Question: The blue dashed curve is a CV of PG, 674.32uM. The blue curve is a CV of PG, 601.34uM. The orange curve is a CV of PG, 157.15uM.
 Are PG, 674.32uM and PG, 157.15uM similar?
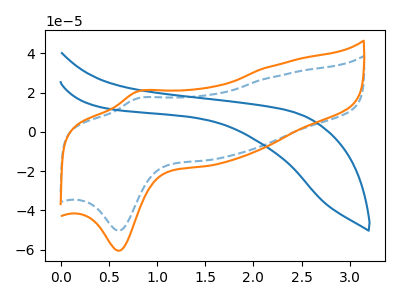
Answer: <think>The blue dashed curve "PG, 674.32uM" has an anodic peak at (0.80V, 17.05uA) and a cathodic peak at (0.60V, -50.40uA). The blue curve "PG, 601.34uM" has no peaks. The orange curve "PG, 157.15uM" has an anodic peak at (0.80V, 20.50uA) and a cathodic peak at (0.60V, -60.60uA).
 All the peaks in "PG, 674.32uM" have a peak in "PG, 157.15uM" at the same potential. Every peak in "PG, 674.32uM" is lower than every peak in "PG, 157.15uM".</think>
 <answer>"PG, 674.32uM" and "PG, 157.15uM" are similar in shape.</answer>
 <eval>same_shape</eval>